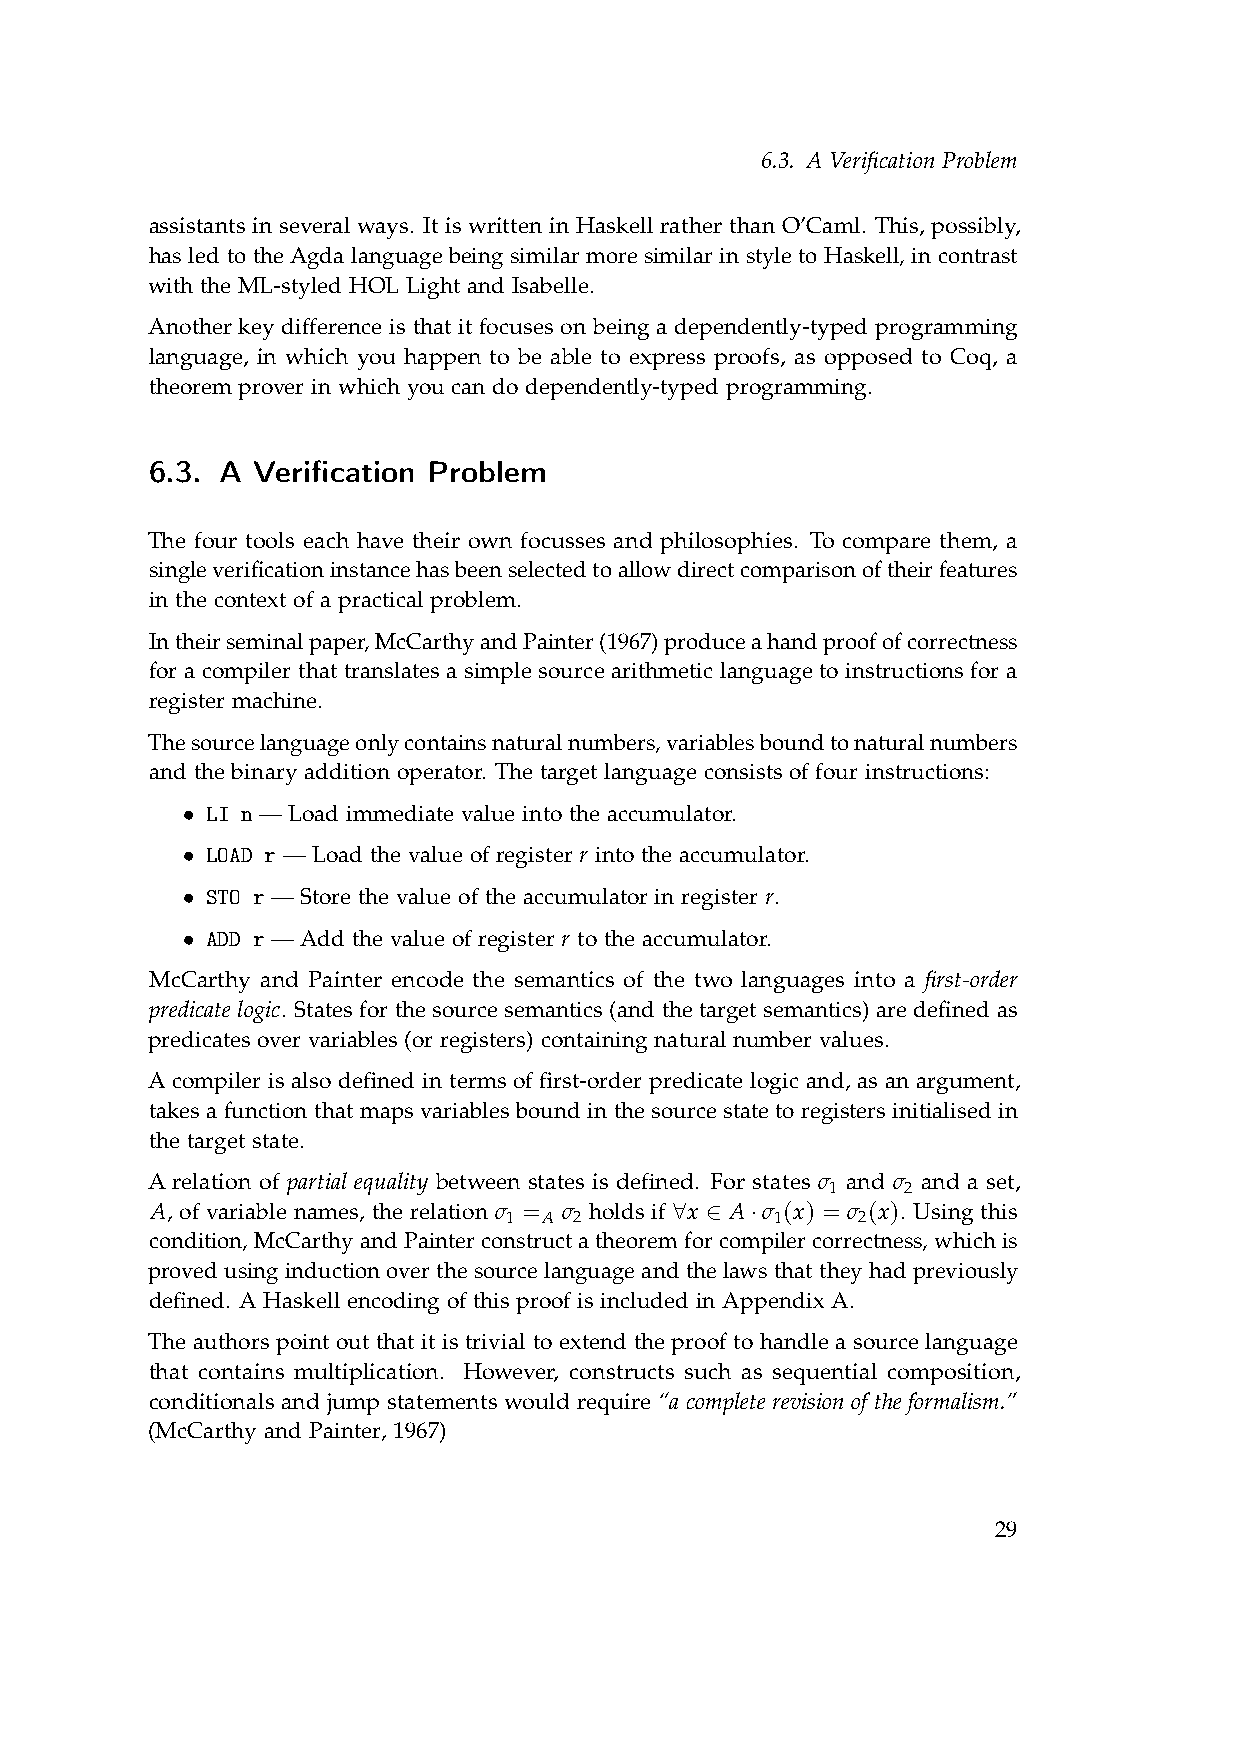
6.3. A Verification Problem
 assistants in several ways. It is written in Haskell rather than O’Caml. This, possibly,
 has led to the Agda language being similar more similar in style to Haskell, in contrast
 with the ML-styled HOL Light and Isabelle.
 Another key difference is that it focuses on being a dependently-typed programming
 language, in which you happen to be able to express proofs, as opposed to Coq, a
 theorem prover in which you can do dependently-typed programming.
 6.3. A Verification Problem
 The four tools each have their own focusses and philosophies. To compare them, a
 singleverificationinstancehasbeenselectedtoallowdirectcomparisonoftheirfeatures
 in the context of a practical problem.
 Intheirseminalpaper,McCarthyandPainter(1967)produceahandproofofcorrectness
 for a compiler that translates a simple source arithmetic language to instructions for a
 register machine.
 Thesourcelanguageonlycontainsnaturalnumbers,variablesboundtonaturalnumbers
 and the binary addition operator. The target language consists of four instructions:
 • LI n — Load immediate value into the accumulator.
 • LOAD r — Load the value of register r into the accumulator.
 • STO r — Store the value of the accumulator in register r.
 • ADD r — Add the value of register r to the accumulator.
 McCarthy and Painter encode the semantics of the two languages into a first-order
 predicate logic. States for the source semantics (and the target semantics) are defined as
 predicates over variables (or registers) containing natural number values.
 A compiler is also defined in terms of first-order predicate logic and, as an argument,
 takes a function that maps variables bound in the source state to registers initialised in
 the target state.
 A relation of partial equality between states is defined. For states σ and σ and a set,
 1    2
 A, of variable names, the relation σ = σ holds if ∀x ∈ A·σ (x) = σ (x). Using this
 1  A 2            1     2
 condition, McCarthyandPainterconstructatheoremforcompilercorrectness, whichis
 proved using induction over the source language and the laws that they had previously
 defined. A Haskell encoding of this proof is included in Appendix A.
 The authors point out that it is trivial to extend the proof to handle a source language
 that contains multiplication. However, constructs such as sequential composition,
 conditionals and jump statements would require “a complete revision of the formalism.”
 (McCarthy and Painter, 1967)
 29